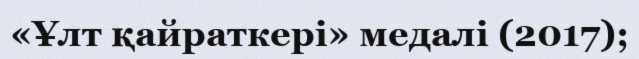
«Ұлт қайраткері» медалі (2017);